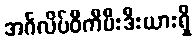
အင်္ဂလိပ်ဝီကီပီးဒီးယားရှိ